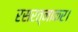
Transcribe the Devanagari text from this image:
रसरत्नाकर।